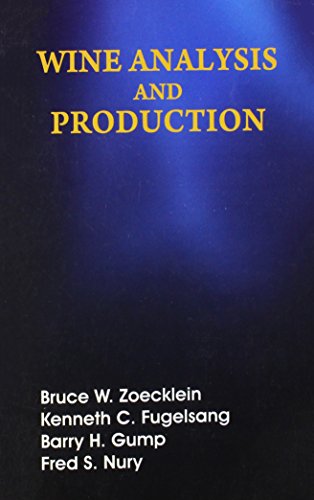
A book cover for Wine Analysis and Production; Zoecklein; Reference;